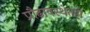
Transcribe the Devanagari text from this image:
प्रौढावस्थेतही